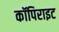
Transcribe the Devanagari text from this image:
कॉपिराइट